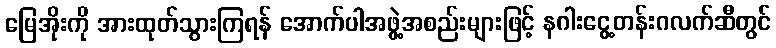
မြေအိုးကို အားထုတ်သွားကြရန် အောက်ပါအဖွဲ့အစည်းများဖြင့် နဂါးငွေ့တန်းဂလက်ဆီတွင်